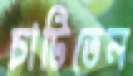
চাটিতেন